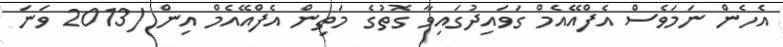
އެހެން ނަމަވެސް އެފްއޭއެމް ގަވައިދުގައިވާ ގޮތުގެ މަތިން އެފްއޭއެމް އިން (2013 ވަނަ